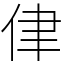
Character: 侓